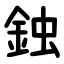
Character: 鉵